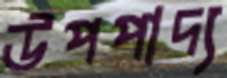
উপপাদ্য